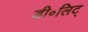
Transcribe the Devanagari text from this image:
डी॰लिट्